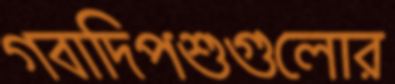
গবাদিপশুগুলোর